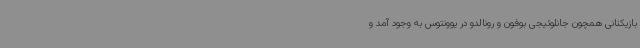
بازیکنانی همچون جانلوئیجی بوفون و رونالدو در یوونتوس به وجود آمد و